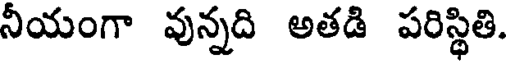
నీయంగా వున్నది అతడి పరిస్థితి.